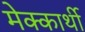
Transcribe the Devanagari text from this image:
मेक्कार्थी